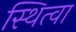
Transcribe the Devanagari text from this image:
स्थित्वा